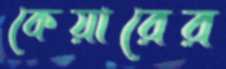
কেয়ারের